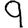
Digit: 9